Leningradi_Edasi_toimetus, lk 80
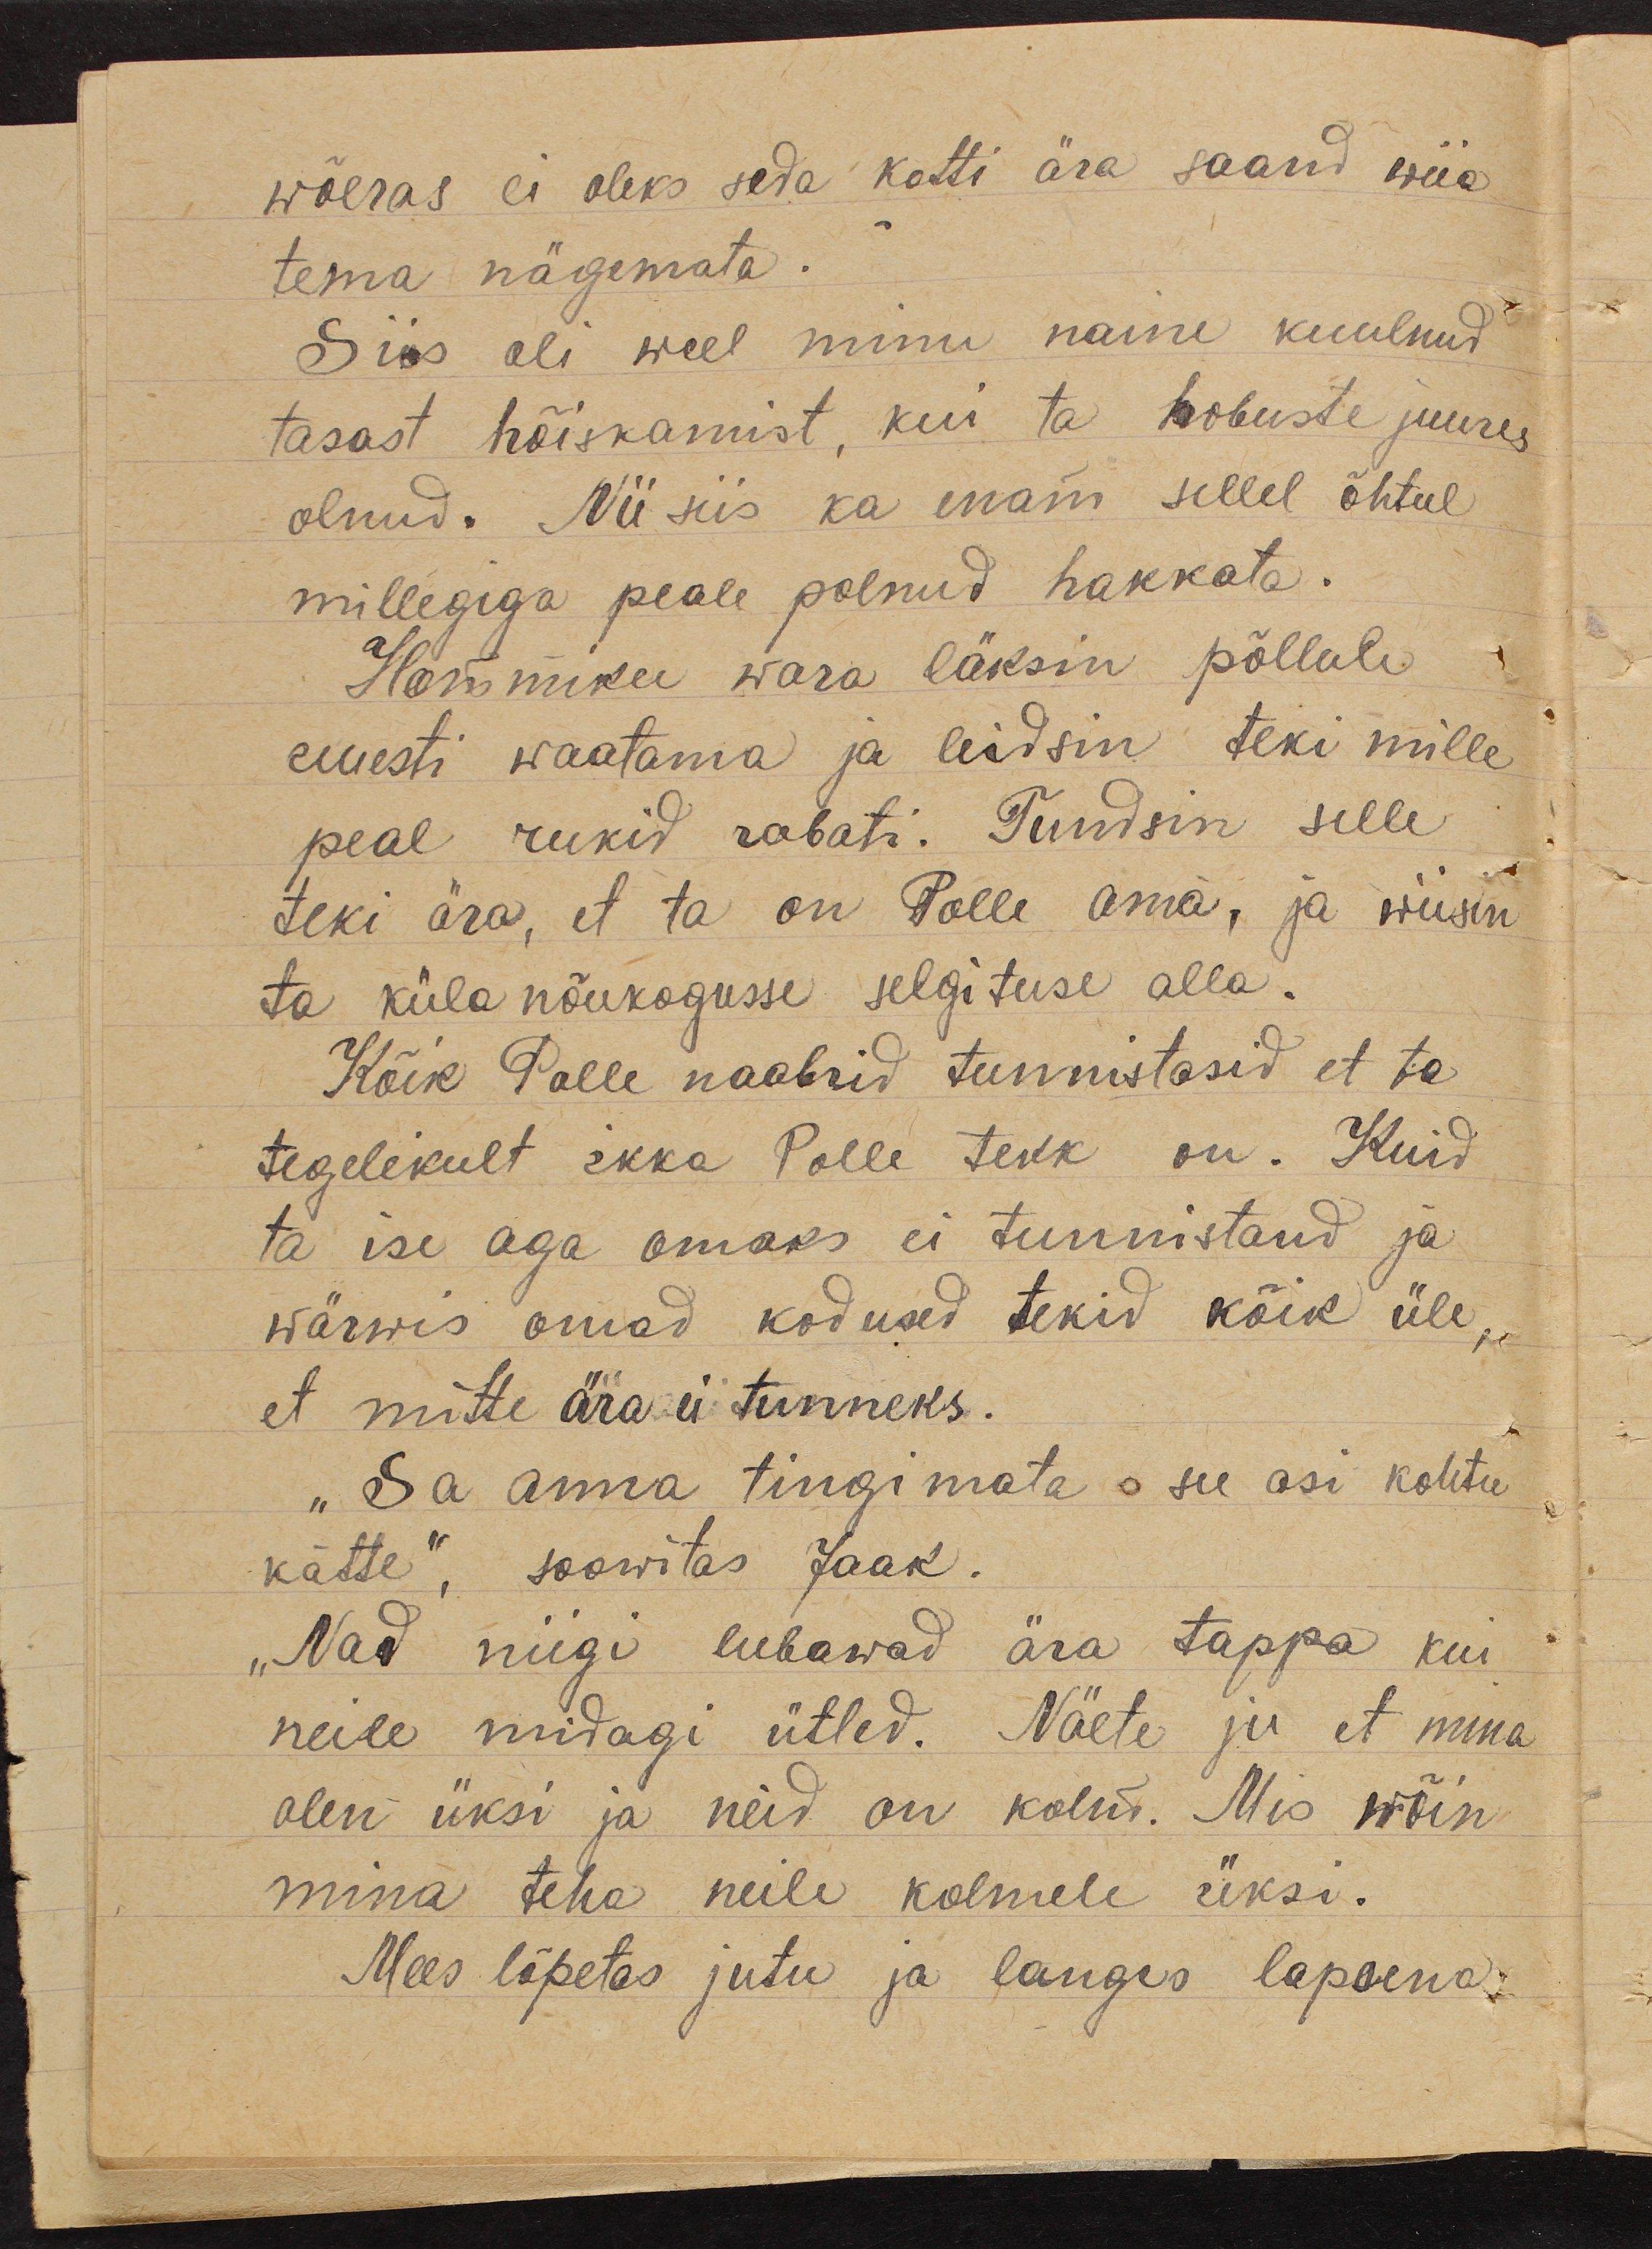
wõeras ei oleks seda kotti ära saand wiia
tema nägemata.
Siis oli weel minu naine kuulnud
tasast hõiskamist, kui ta hobuste juures
olnud. Nii siis ka enam sellel õhtul
millegiga peale polnud hakkata.
Hommiku wara läksin põllule
uuesti waatama ja leidsin teki mille
peal rukid rabati. Tundsin selle
teki ära, et ta on Polle oma, ja wiisin
ta küla nõukogusse selgituse alla.
Kõik Polle naabrid tunnistasid et ta
tegelikult ikka Polle tekk on. Kuid
ta ise aga omaks ei tunnistand ja
wärwis omad kodused tekid kõik üle,
et mitte ära ei tunneks.
"Sa anna tingimata see asi kohtu
kätte", soowitas Jaak.
"Nad niigi lubawad ära tappa kui
neile midagi ütled. Näete ju et mina
olen üksi ja neid on kolm. Mis wõin
mina teha neile kolmele üksi.
Mees lõpetas jutu ja langes lapsena